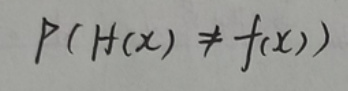
\[
P(H(x)\neq f(x))
\]